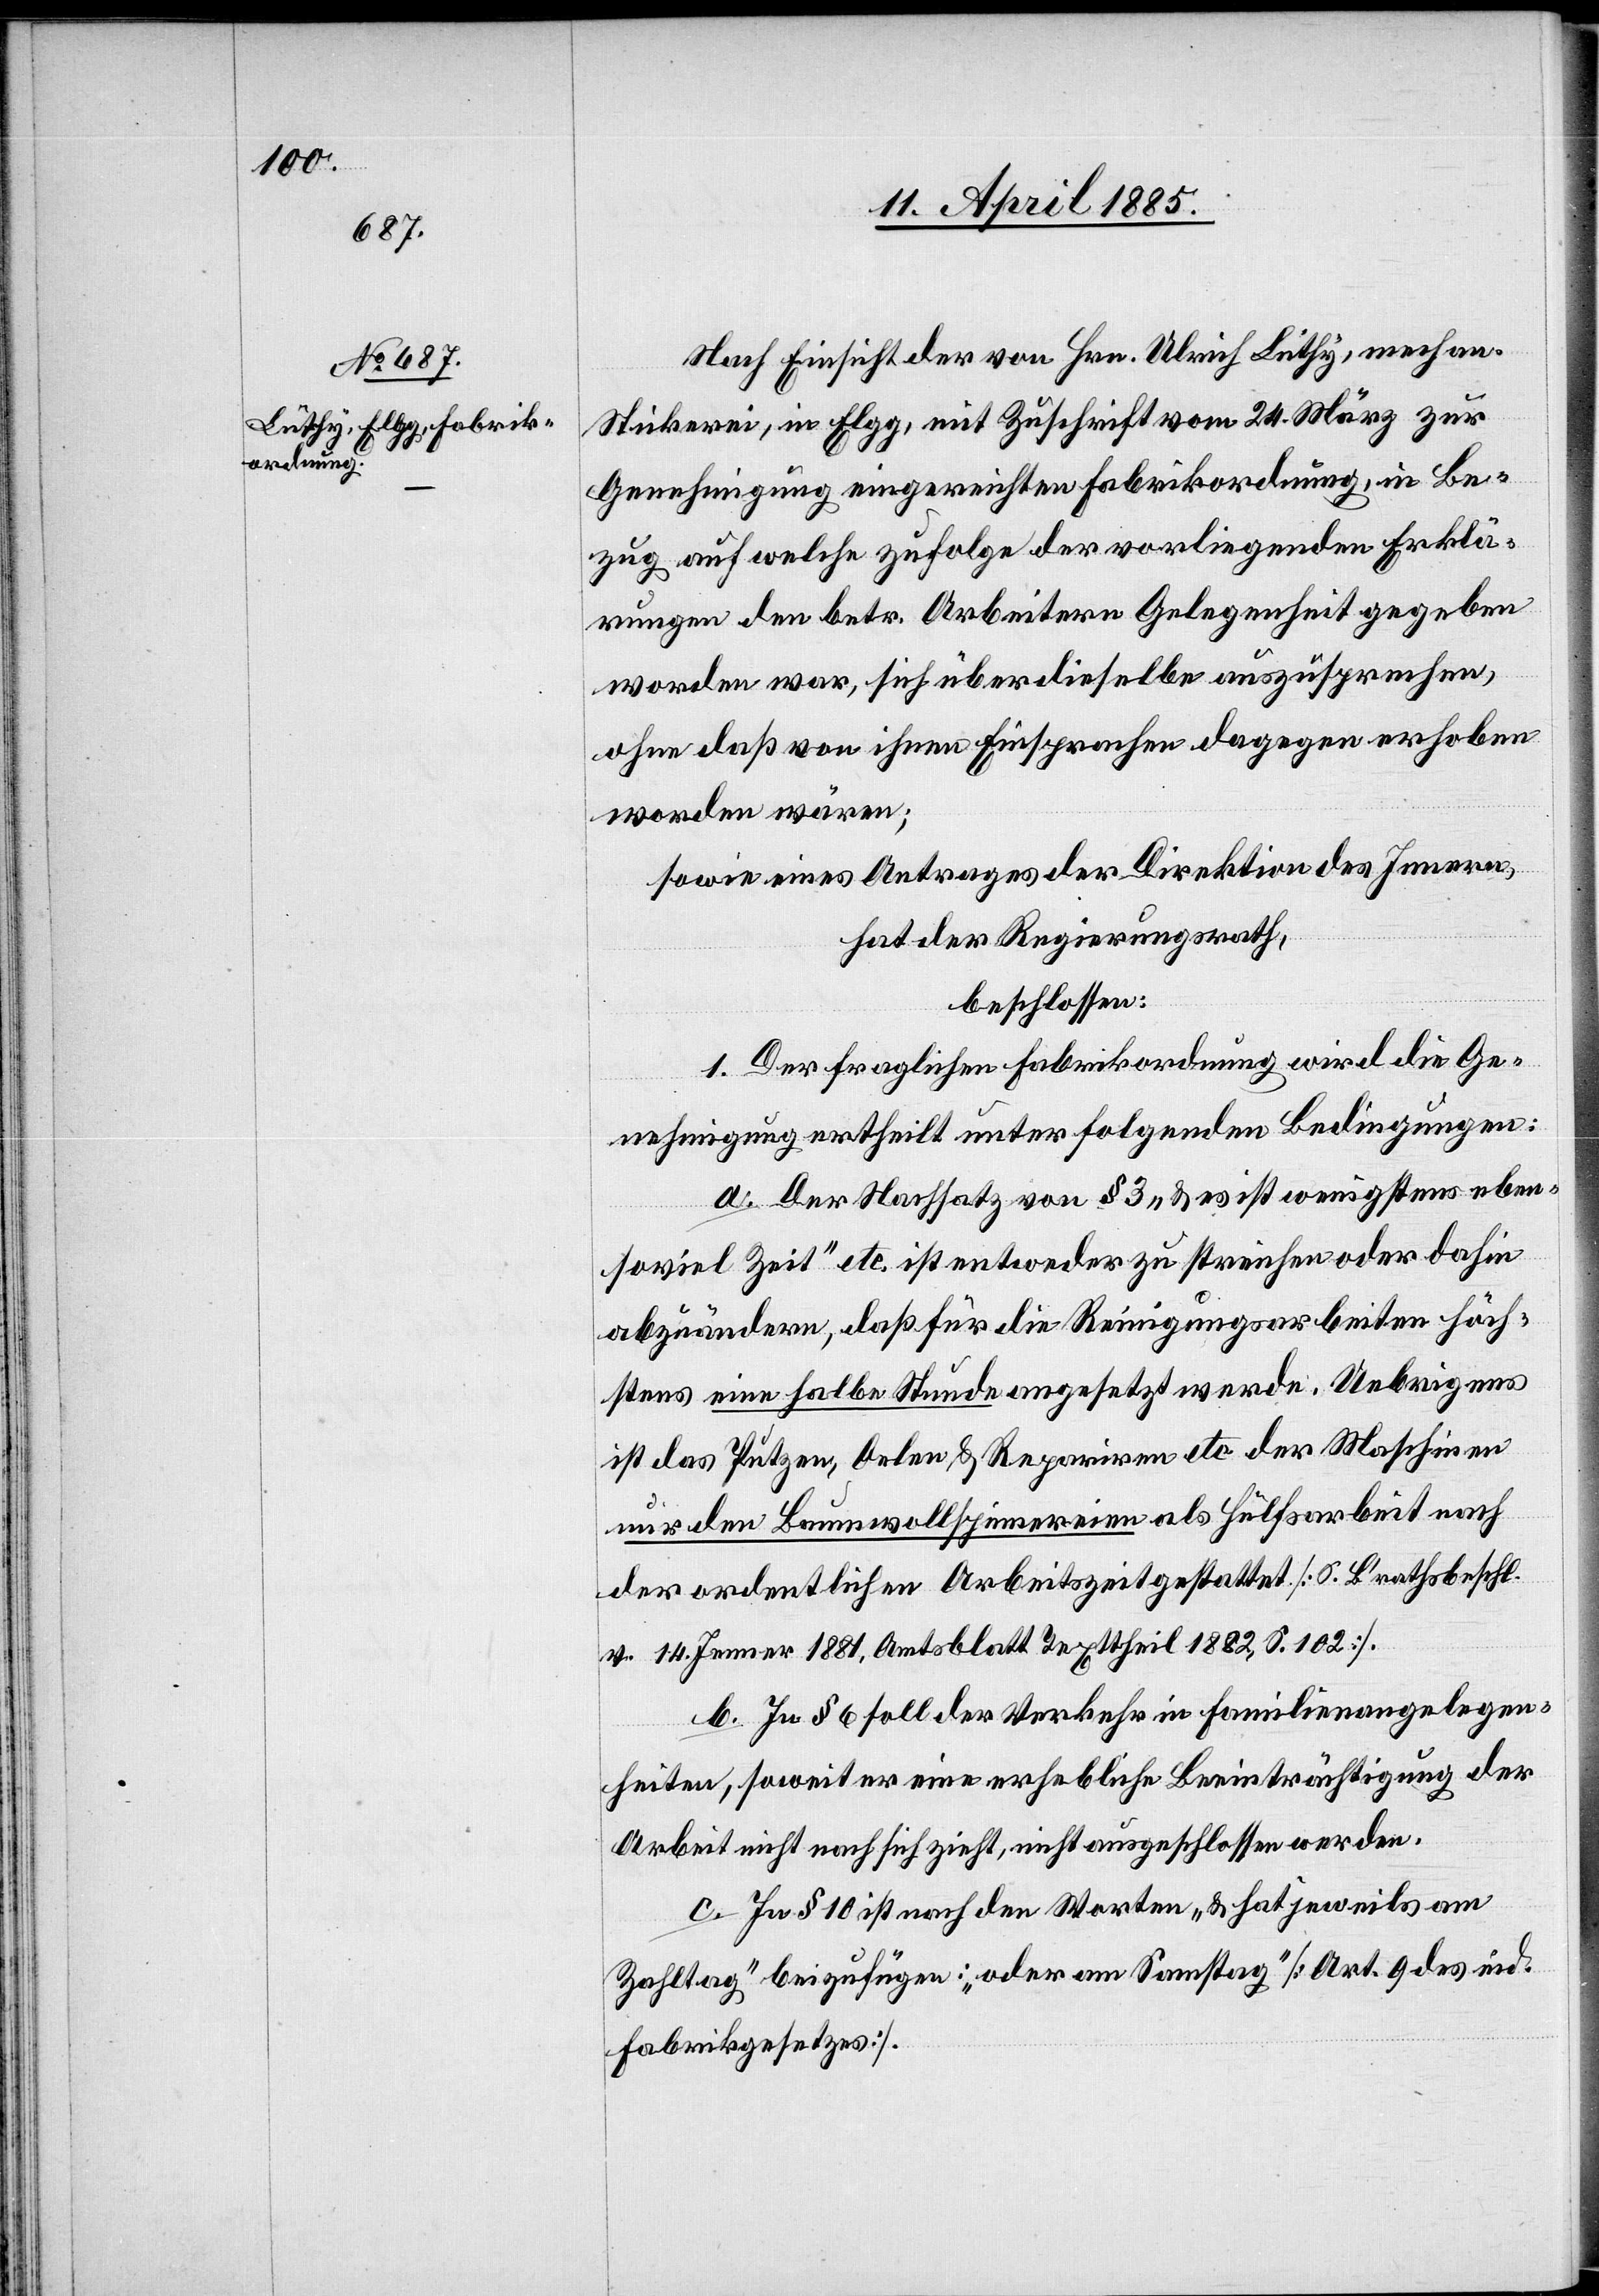
Nach Einsicht der von Hrn. Ulrich Lüthy, mechan.
Stickerei, in Elgg, mit Zuschrift vom 24. März zur
Genehmigung eingereichten Fabrikordnung, in Be¬
zug auf welche zufolge der vorliegenden Erklä¬
rungen den betr. Arbeitern Gelegenheit gegeben
worden war, sich über dieselbe auszusprechen,
ohne daß von ihnen Einsprachen dagegen erhoben
worden wären;
sowie eines Antrages der Direktion des Innern,
hat der Regierungsrath,
beschlossen:
1. Der fraglichen Fabrikordnung wird die Ge¬
nehmigung ertheilt unter folgenden Bedingungen:
a. Der Nachsatz von § 3 „& es ist wenigstens eben¬
soviel Zeit“ etc. ist entweder zu streichen oder dahin
abzuändern, daß für die Reinigungsarbeiten höch¬
stens eine halbe Stunde angesetzt werde. Uebrigens
ist das Putzen, Oelen & Repariren etc. der Maschinen
nur den Baumwollspinnereien als Hülfsarbeit nach
der ordentlichen Arbeitszeit gestattet [S. B’rathsbeschl.
v. 14. Jenner 1881, Amtsblatt Texttheil 1882, S. 102].
b. In § 6 soll der Verkehr in Familienangelegen¬
heiten, soweit er eine erhebliche Beeinträchtigung der
Arbeit nicht nach sich zieht, nicht ausgeschlossen werden.
c. In § 10 ist nach den Worten „& hat jeweils am
Zahltag“ beizufügen: „oder am Samstag“ [Art. 9 des eid.
Fabrikgesetzes].